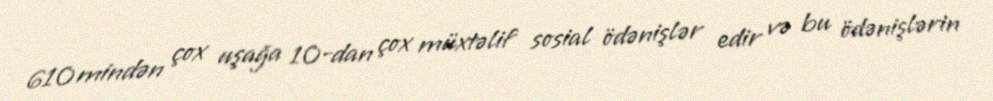
610 mindən çox uşağa 10-dan çox müxtəlif sosial ödənişlər edir və bu ödənişlərin